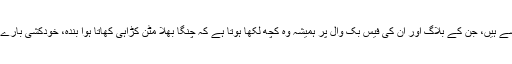
ایک بھائی جان ایسے ہیں، جن کے بلاگ اور ان کی فیس بک وال پر ہمیشہ وہ کچھ لکھا ہوتا ہے کہ چنگا بھلا مٹن کڑاہی کھاتا ہوا بندہ، خودکشی بارے سوچنے لگتا ہے!